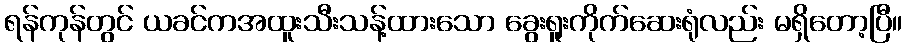
ရန်ကုန်တွင် ယခင်ကအထူးသီးသန့်ထားသော ခွေးရူးကိုက်ဆေးရုံလည်း မရှိတော့ပြီ။